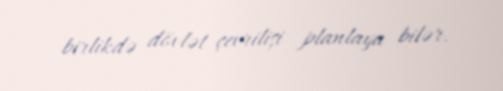
birlikdə dövlət çevrilişi planlaya bilər.